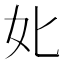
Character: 𡚧